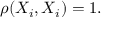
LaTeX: \rho ( X _ { i } , X _ { i } ) = 1 .